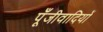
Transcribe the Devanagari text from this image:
पूँजीवादियों